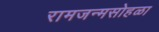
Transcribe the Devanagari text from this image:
रामजन्मसोहळा